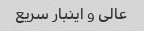
عالی و اینبار سریع